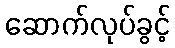
ဆောက်လုပ်ခွင့်